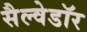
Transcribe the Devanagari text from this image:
सैल्वेडॉर